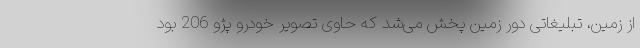
از زمین، تبلیغاتی دور زمین پخش می‌شد که حاوی تصویر خودرو پژو 206 بود